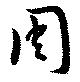
周